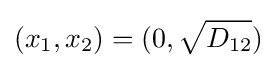
(x_{1},x_{2})=(0,{\sqrt {D_{12}}})